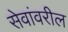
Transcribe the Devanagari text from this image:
सेवांवरील